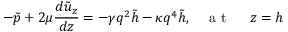
- \tilde { p } + 2 \mu \frac { d \tilde { u } _ { z } } { d z } = - \gamma q ^ { 2 } \tilde { h } - \kappa q ^ { 4 } \tilde { h } , \quad \mathrm { ~ a ~ t ~ \ } \quad z = h